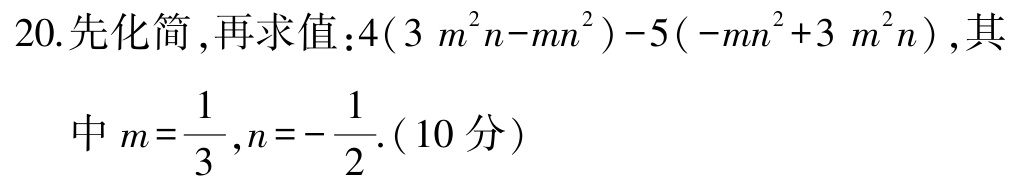
20.先化简,再求值：\(4(3m^{2}n - mn^{2}) - 5(-mn^{2} + 3m^{2}n)\),其
中\(m = \dfrac{1}{3},n = -\dfrac{1}{2}\).(10分)